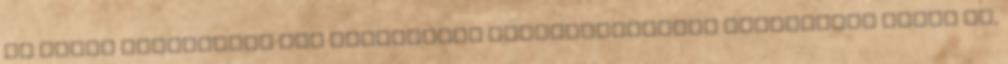
De ebből egyszerűen egy olyasfajta történetmesélés kerekedett volna ki,